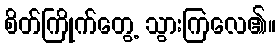
စိတ်ကြိုက်တွေ့ သွားကြလေ၏။